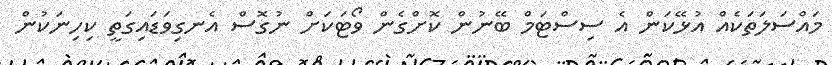
މައްސަލަތަކެއް އުޅޭކަން އެ ސިސްޓަމް ބޭނުން ކޮށްގެން ވޯޓަކަށް ނުގޮސް އެނގިވަޑައިގަތީ ކިހިނަކުން